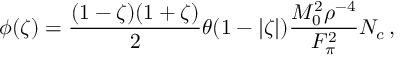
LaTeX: \phi ( \zeta ) = \frac { ( 1 - \zeta ) ( 1 + \zeta ) } 2 \theta ( 1 - | \zeta | ) \frac { M _ { 0 } ^ { 2 } \rho ^ { - 4 } } { F _ { \pi } ^ { 2 } } N _ { c } \, ,